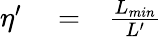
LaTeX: \begin{array}{rlr}{\eta^{\prime}}&{{}=}&{\frac{L_{min}}{L^{\prime}}}\end{array}